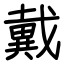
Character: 戴